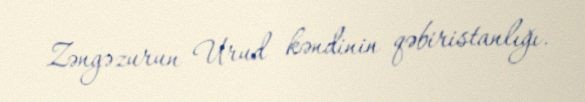
Zəngəzurun Urud kəndinin qəbiristanlığı.